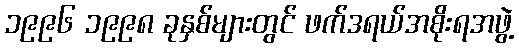
၁၉၉၆ ၁၉၉၈ ခုနှစ်များတွင် ဖက်ဒရယ်အစိုးရအဖွဲ့